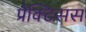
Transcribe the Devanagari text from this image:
प्रैक्टिसस